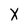
Character: X